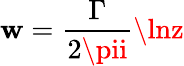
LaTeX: \mathbf{w}={\frac{{\Gamma}}{{2\pii}}}\lnz